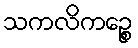
သကလိကဉ္စေ